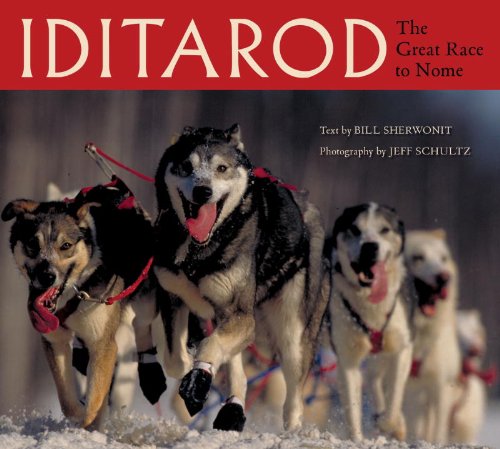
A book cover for Iditarod: The Great Race to Nome; Bill Sherwonit; Sports & Outdoors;